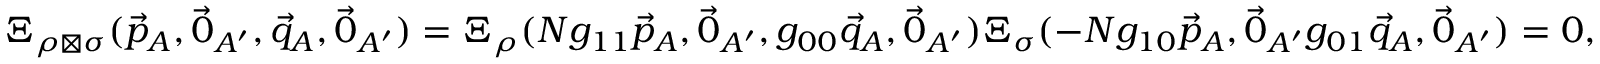
\begin{array} { r } { \Xi _ { \rho \boxtimes \sigma } ( \vec { p } _ { A } , \vec { 0 } _ { A ^ { \prime } } , \vec { q } _ { A } , \vec { 0 } _ { A ^ { \prime } } ) = \Xi _ { \rho } ( N g _ { 1 1 } \vec { p } _ { A } , \vec { 0 } _ { A ^ { \prime } } , g _ { 0 0 } \vec { q } _ { A } , \vec { 0 } _ { A ^ { \prime } } ) \Xi _ { \sigma } ( - N g _ { 1 0 } \vec { p } _ { A } , \vec { 0 } _ { A ^ { \prime } } g _ { 0 1 } \vec { q } _ { A } , \vec { 0 } _ { A ^ { \prime } } ) = 0 , } \end{array}